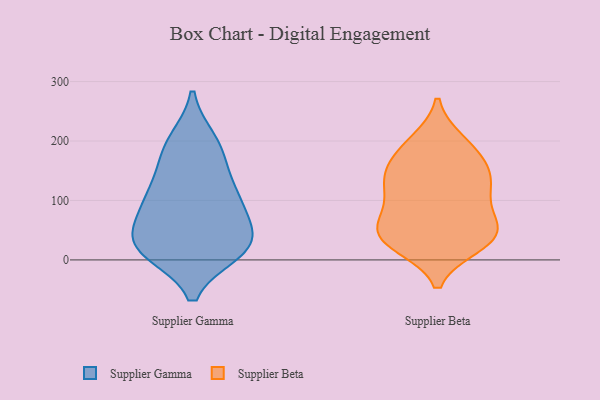
{"axis": {"x": "Population (Million)", "y": "Value"}, "legend": ["Supplier Beta", "Supplier Gamma"], "data": [{"x": "", "y": 200, "type": "Supplier Gamma"}, {"x": "", "y": 26, "type": "Supplier Gamma"}, {"x": "", "y": 19, "type": "Supplier Gamma"}, {"x": "", "y": 76, "type": "Supplier Gamma"}, {"x": "", "y": 29, "type": "Supplier Gamma"}, {"x": "", "y": 15, "type": "Supplier Gamma"}, {"x": "", "y": 132, "type": "Supplier Gamma"}, {"x": "", "y": 107, "type": "Supplier Gamma"}, {"x": "", "y": 25, "type": "Supplier Gamma"}, {"x": "", "y": 96, "type": "Supplier Gamma"}, {"x": "", "y": 29, "type": "Supplier Gamma"}, {"x": "", "y": 193, "type": "Supplier Gamma"}, {"x": "", "y": 92, "type": "Supplier Gamma"}, {"x": "", "y": 169, "type": "Supplier Gamma"}, {"x": "", "y": 78, "type": "Supplier Beta"}, {"x": "", "y": 36, "type": "Supplier Beta"}, {"x": "", "y": 200, "type": "Supplier Beta"}, {"x": "", "y": 198, "type": "Supplier Beta"}, {"x": "", "y": 153, "type": "Supplier Beta"}, {"x": "", "y": 124, "type": "Supplier Beta"}, {"x": "", "y": 63, "type": "Supplier Beta"}, {"x": "", "y": 29, "type": "Supplier Beta"}, {"x": "", "y": 61, "type": "Supplier Beta"}, {"x": "", "y": 179, "type": "Supplier Beta"}, {"x": "", "y": 116, "type": "Supplier Beta"}, {"x": "", "y": 27, "type": "Supplier Beta"}, {"x": "", "y": 24, "type": "Supplier Beta"}, {"x": "", "y": 141, "type": "Supplier Beta"}, {"x": "", "y": 162, "type": "Supplier Beta"}, {"x": "", "y": 106, "type": "Supplier Beta"}, {"x": "", "y": 134, "type": "Supplier Beta"}, {"x": "", "y": 52, "type": "Supplier Beta"}, {"x": "", "y": 42, "type": "Supplier Beta"}]}